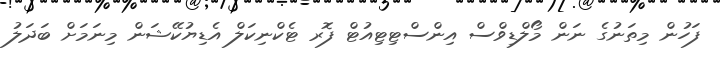
ފަހުން މިތަނުގެ ނަން މޯލްޑިވްސް އިންސްޓިޓިއުޓް ފޮރ ޓެކްނިކަލް އެޑިޔުކޭޝަން މިނަމަށް ބަދަލު